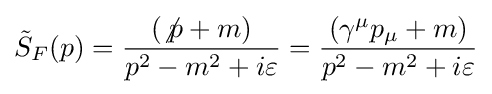
{\tilde {S}}_{F}(p)={\frac {(\not p+m)}{p^{2}-m^{2}+i\varepsilon }}={\frac {(\gamma ^{\mu }p_{\mu }+m)}{p^{2}-m^{2}+i\varepsilon }}